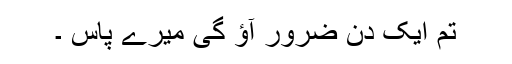
تم ایک دن ضرور آؤ گی میرے پاس ۔